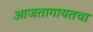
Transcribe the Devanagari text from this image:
आजतागायतचा